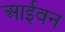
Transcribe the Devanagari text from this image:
आईवन